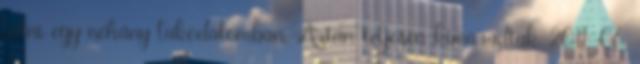
látni egy néhány lakodalomban. Aztán teljesen kimaradtak 2011. 06.